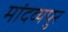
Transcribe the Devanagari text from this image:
मांदव्यपुर